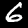
Digit: 6